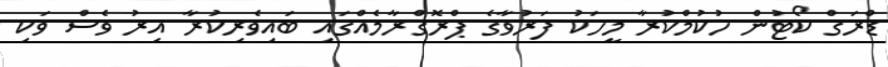
ޑްރަގް ކޯޓުން ހުކުމްކުރާ މީހަކު ފަރުވާގެ ޕްރޮގްރާމެއްގައި ބައިވެރިކުރާ އިރު ވެސް ވަކި